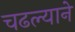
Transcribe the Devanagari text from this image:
चढल्याने